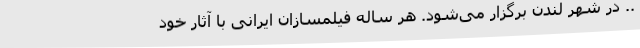
.. در شهر لندن برگزار می‌شود. هر ساله فيلمسازان ایرانی با آثار خود